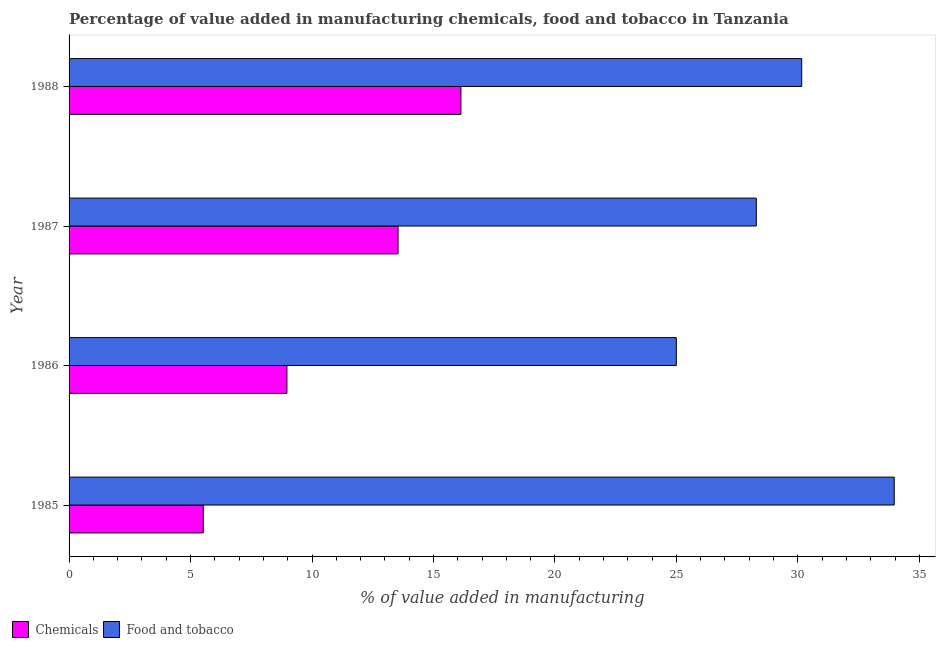
| Year | Chemicals | Food and tobacco |
 | --- | --- | --- |
 | 1985 | 5.52 | 34 |
 | 1986 | 8.97 | 25 |
 | 1987 | 13.5 | 28.3 |
 | 1988 | 16.1 | 30.2 |